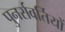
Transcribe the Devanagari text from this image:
पुनर्रावर्तियों